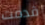
قدمت